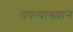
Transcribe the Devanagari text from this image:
तपत्याख्यान